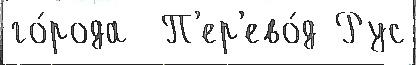
го́рода  П'ер'ево́д Рус